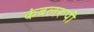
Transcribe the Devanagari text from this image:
कंबलरूपी